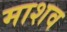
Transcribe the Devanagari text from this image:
माशव